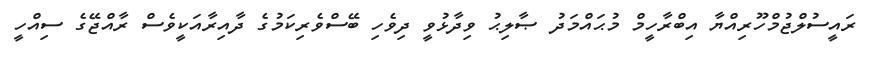
ރައީސުލްޖުމްހޫރިއްޔާ އިބްރާހީމް މުޙައްމަދު ޞާލިޙު ވިދާޅުވީ ދިވެހި ބޭސްވެރިކަމުގެ ދާއިރާއަކީވެސް ރާއްޖޭގެ ސިއްހީ